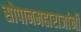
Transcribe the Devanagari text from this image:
सोपानमहाराजांनी